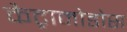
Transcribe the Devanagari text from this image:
कैट्रामोडोस